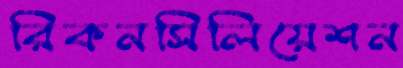
রিকনসিলিয়েশন